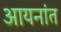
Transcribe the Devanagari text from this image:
आयनांत